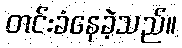
တင်းခံနေခဲ့သည်။